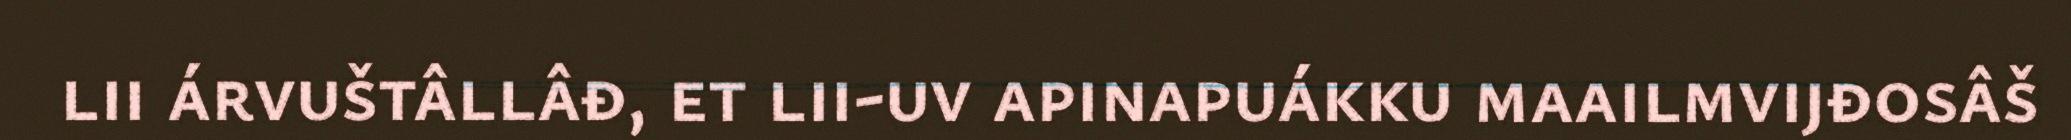
lii árvuštâllâđ, et lii-uv apinapuákku maailmvijđosâš